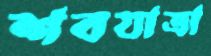
শবযাত্রা